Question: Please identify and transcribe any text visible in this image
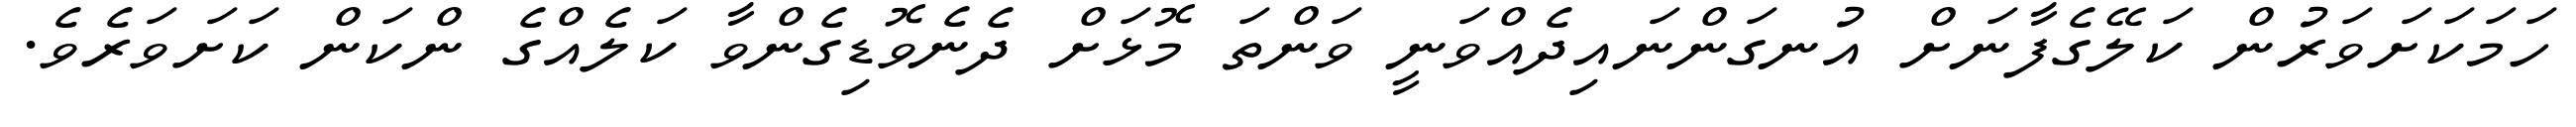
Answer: ހަމަކަށަވަރުން ކަލޭގެފާނަށް އުނގަންނައިދެއްވަނީ ވަންތަ މޮޅަށް ދެނެވޮޑިގެންވާ ކަލެއްގެ ންކަން ކަށަވަރެވެ.